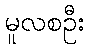
မူလစဦး